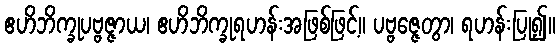
ဧဟိဘိက္ခုပဗ္ဗဇ္ဇာယ၊ ဧဟိဘိက္ခုရဟန်းအဖြစ်ဖြင့်။ ပဗ္ဗဇ္ဇေတွာ၊ ရဟန်းပြု၍။